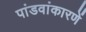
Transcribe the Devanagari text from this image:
पांडवांकारणें